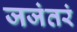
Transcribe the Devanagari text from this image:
जजंतरं